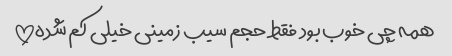
همه چی خوب بود فقط حجم سیب زمینی خیلی کم شده!!!